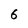
Character: 6